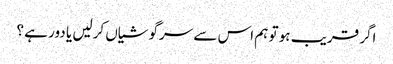
اگر قریب ہو تو ہم اس سے سرگوشیاں کرلیں یا دور ہے ؟